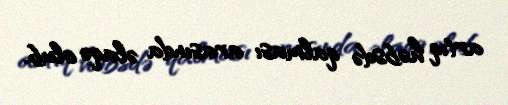
artıq həbsdə qalması arasında əlaqə olub.